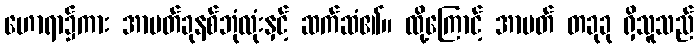
ဟောရာ၌ကား အာပတ်ခုနစ်ဘုံလုံးနှင့် ဆက်ဆံ၏။ ထို့ကြောင့် အာပတ် တခုခု ရှိသူသည်